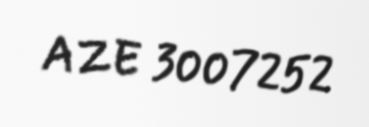
AZE 3007252